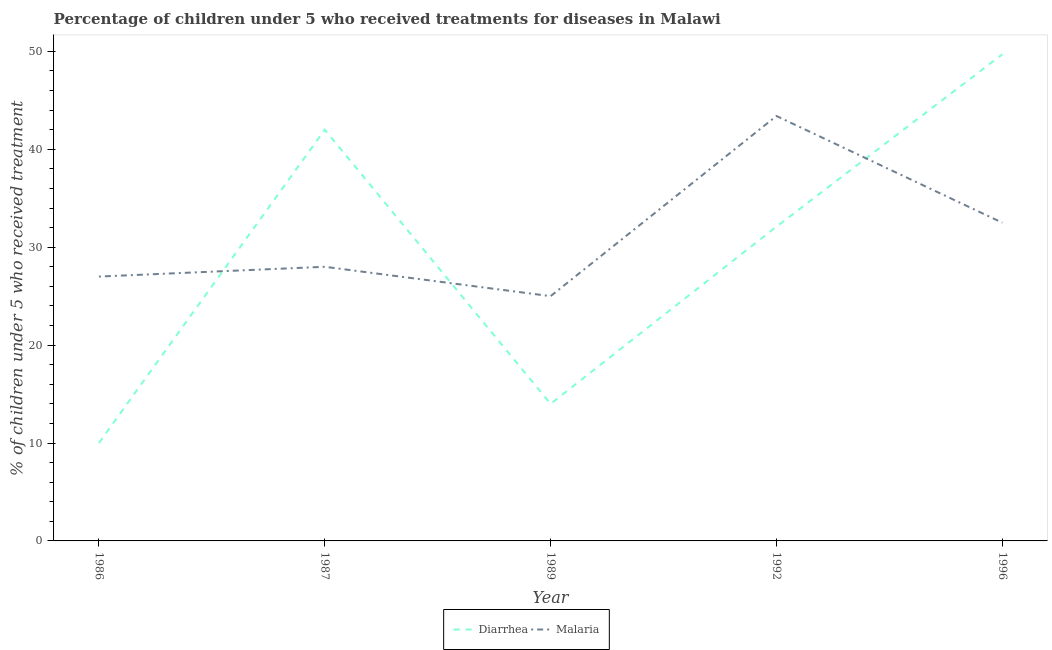
| Year | Diarrhea | Malaria |
 | --- | --- | --- |
 | 1986 | 10 | 27 |
 | 1987 | 42 | 28 |
 | 1989 | 14 | 25 |
 | 1992 | 32.1 | 43.4 |
 | 1996 | 49.7 | 32.5 |